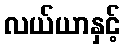
လယ်ယာနှင့်